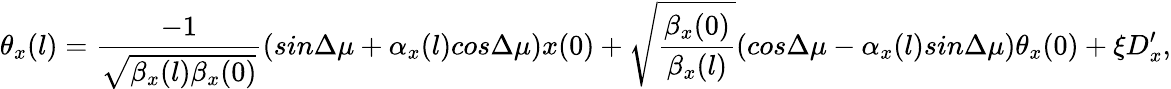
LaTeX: \theta_{x}(l)={\frac{-1}{\sqrt{{\beta_{x}}(l)\beta_{x}(0)}}}(sin{\Delta{\mu}}+\alpha_{x}(l)cos{\Delta{\mu}})x(0)+\sqrt{\frac{{\beta_{x}}(0)}{\beta_{x}(l)}}(cos{\Delta{\mu}}-\alpha_{x}(l)sin{\Delta{\mu}})\theta_{x}(0)+\xi D_{x}^{\prime},